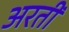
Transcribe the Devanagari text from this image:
अरतीं